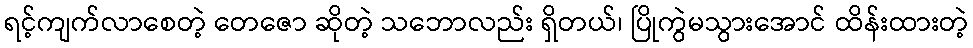
ရင့်ကျက်လာစေတဲ့ တေဇော ဆိုတဲ့ သဘောလည်း ရှိတယ်၊ ပြိုကွဲမသွားအောင် ထိန်းထားတဲ့